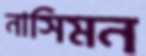
নাসিমন